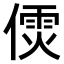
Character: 𠎌